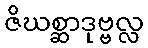
ဇိဃစ္ဆာဒုဗ္ဗလ္လ